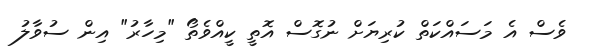
ވެސް އެ މަސައްކަތް ކުރިޔަށް ނުގޮސް އޮތީ ކީއްވެތޯ "މިހާރު" އިން ސުވާލު